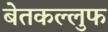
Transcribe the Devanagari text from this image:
बेतकल्लुफ